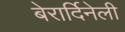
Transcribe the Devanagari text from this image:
बेरार्दिनेली